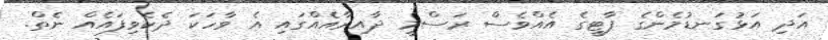
އަދި އަޅުގަނޑުމެންގެ ޕާޓީގެ އެއްވެސް ރަސްމީ ދާއިރާއެއްގައި އެ ވާހަކަ ދެކެވިފައެއް ނެތް.